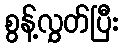
စွန့်လွှတ်ပြီး